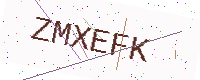
Text: ZMXEFK